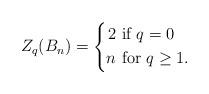
LaTeX: \begin{align*}Z_q(B_n) = \left\{\begin{aligned}2 & \mbox{ if } q = 0\\n & \mbox{ for }q \geq 1.\end{aligned}\right. \end{align*}